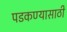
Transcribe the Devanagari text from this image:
पडकण्यासाठी